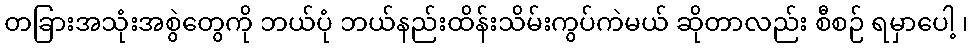
တခြားအသုံးအစွဲတွေကို ဘယ်ပုံ ဘယ်နည်းထိန်းသိမ်းကွပ်ကဲမယ် ဆိုတာလည်း စီစဉ် ရမှာပေါ့ ၊